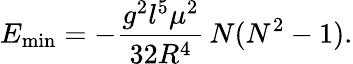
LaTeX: E_{\mathrm{min}}=-\frac{g^{2}l^{5}\mu^{2}}{32R^{4}}\, N(N^{2}-1).